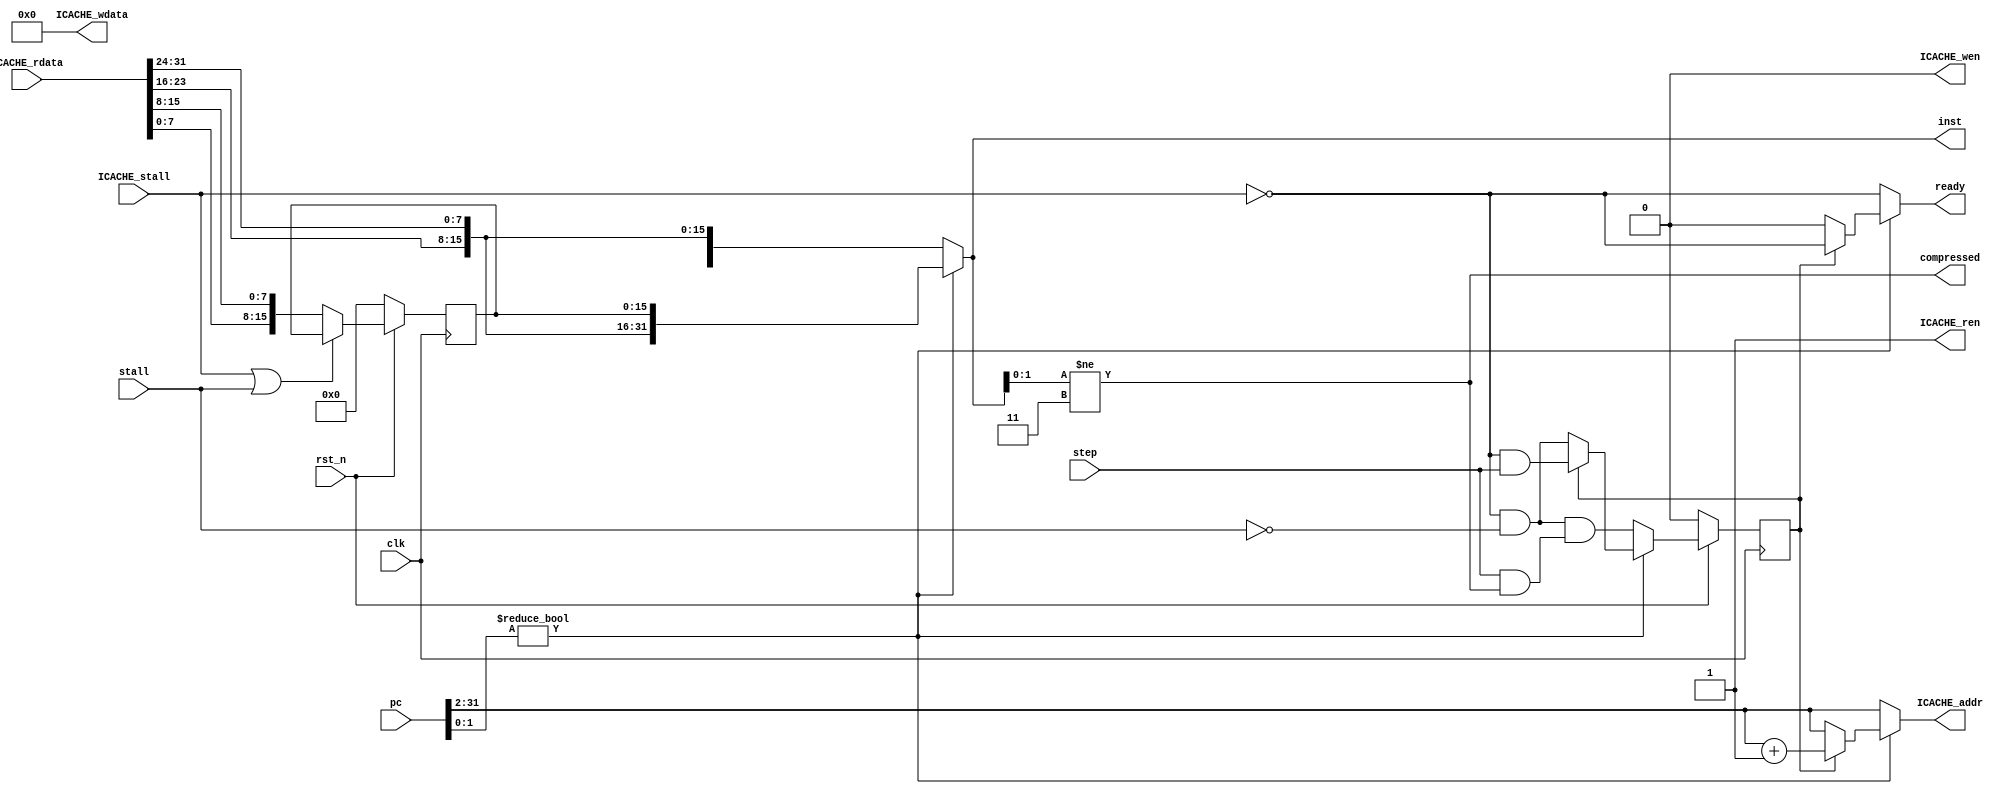
module realigner (
    input             clk,
    input             rst_n,
    input      [31:0] pc,            // target PC
    input             stall,
    input             step,
    output reg        ready,
    output reg        compressed,
    output     [31:0] inst,
    //-------ICACHE interface-------
    output            ICACHE_ren,
    output            ICACHE_wen,
    output     [29:0] ICACHE_addr,
    output     [31:0] ICACHE_wdata,
    input      [31:0] ICACHE_rdata,
    input             ICACHE_stall
);

    assign ICACHE_ren   = 1;
    assign ICACHE_wen   = 0;
    assign ICACHE_wdata = 0;

    reg [29:0] stored_addr_r, stored_addr_w;
    reg [15:0] stored_inst_r, stored_inst_w;
    reg        unaligned;
    reg        buffered;
    reg        b_r, b_w;
    reg [31:0] rdata_i;
    reg [29:0] fetch_word_addr;
    reg [29:0] pc_word_addr;
    reg [31:0] completed_inst;
    reg [29:0] fetch_next_addr;
    reg        shit;
    always @(*) begin
        pc_word_addr = pc[31:2];
        fetch_next_addr = pc_word_addr + 1;
        unaligned = (pc[1:0] != 2'b00);
        rdata_i = {ICACHE_rdata[7:0], ICACHE_rdata[15:8], ICACHE_rdata[23:16], ICACHE_rdata[31:24]};
        compressed = (completed_inst[1:0] != 2'b11);
        buffered = (stored_addr_r == pc_word_addr);
        stored_addr_w = (ICACHE_stall || stall) ? stored_addr_r : fetch_word_addr;
        stored_inst_w = (ICACHE_stall || stall) ? stored_inst_r : rdata_i[31:16];
    end

    always @(*) begin
        fetch_word_addr = 0;
        completed_inst = rdata_i;
        ready = !ICACHE_stall;
        b_w = !ICACHE_stall && !stall;
        if (unaligned) begin
            completed_inst = {rdata_i[15:0], stored_inst_r[15:0]};
            if (b_r) begin
                fetch_word_addr = fetch_next_addr;
                b_w = !ICACHE_stall && step;
            end else begin
                fetch_word_addr = pc_word_addr;
                b_w = !ICACHE_stall && !stall;
                ready = 0;
            end
        end else begin
            b_w = !ICACHE_stall && !stall && (step && compressed);
            fetch_word_addr = pc_word_addr;
        end
        shit = ready && (b_r != buffered);
        // b_w = (pc_w[31:2] == stored_addr_w);
        
    end

    assign inst = completed_inst;

    assign ICACHE_addr = fetch_word_addr;

    always @(posedge clk) begin
        if (!rst_n) begin
            stored_addr_r <= 0;
            stored_inst_r <= 0;
            b_r <= 0;
        end else begin
            stored_addr_r <= stored_addr_w;
            stored_inst_r <= stored_inst_w;
            b_r <= b_w;
        end
    end


endmodule